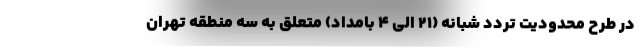
در طرح محدودیت تردد شبانه (۲۱ الی ۴ بامداد) متعلق به سه منطقه تهران